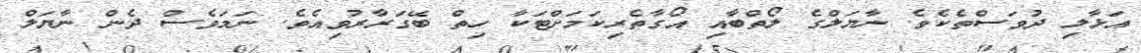
އަޅާލި ދުވަސްތެކެވެ. ނާޔަލްގެ ލޯތްބާއި އޯގާތެރިކަމަށްޓަކާ ހިތް ބޭގަރާރުވިއެވެ. ނަމަވެސް ދެން ނާޔަލް